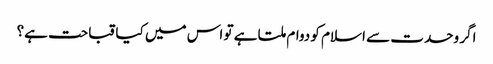
اگر وحدت سے اسلام کو دوام ملتا ہے تو اس میں کیا قباحت ہے؟